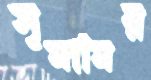
সুমামির